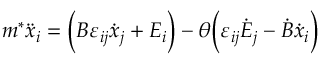
m ^ { * } \ddot { x } _ { i } = \Big ( B \varepsilon _ { i j } \dot { x } _ { j } + E _ { i } \Big ) - \theta \Big ( \varepsilon _ { i j } \dot { E } _ { j } - \dot { B } \dot { x } _ { i } \Big )